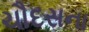
ચૌદસના